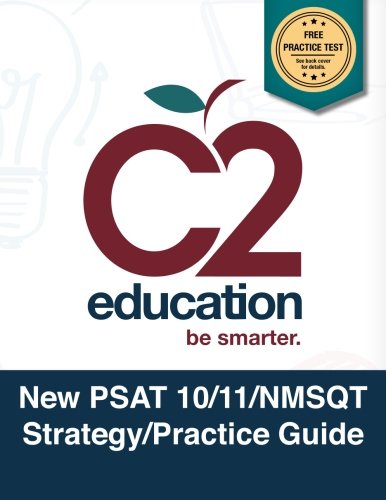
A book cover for New PSAT 10/11/NMSQT Strategy/Practice Guide; C2 Education; Test Preparation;